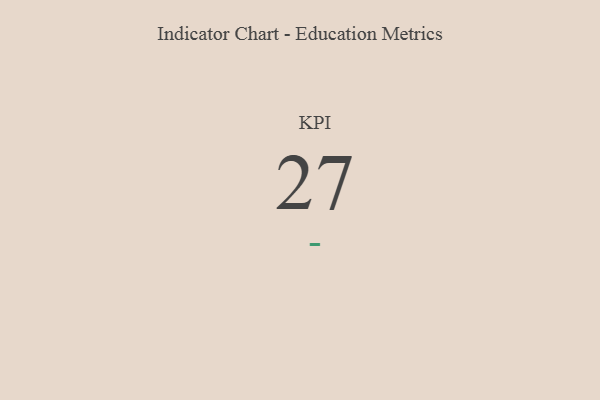
{"axis": {"x": "KPI", "y": "Value"}, "legend": [""], "data": [{"x": "KPI", "y": 27, "type": ""}]}